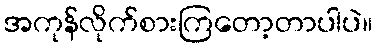
အကုန်လိုက်စားကြတော့တာပါပဲ။